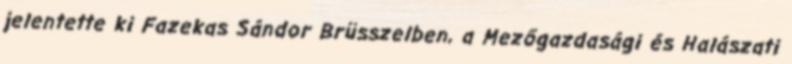
jelentette ki Fazekas Sándor Brüsszelben, a Mezőgazdasági és Halászati